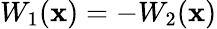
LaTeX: W_{1}(\mathbf{x})=-W_{2}(\mathbf{x})